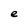
Character: e